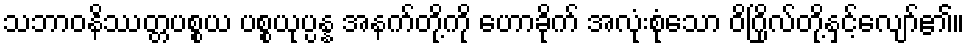
သဘာဝနိဿတ္တပစ္စယ ပစ္စယုပ္ပန္န အနက်တို့ကို ဟောခိုက် အလုံးစုံသော ဝိဂြိုလ်တို့နှင့်လျော်၏။